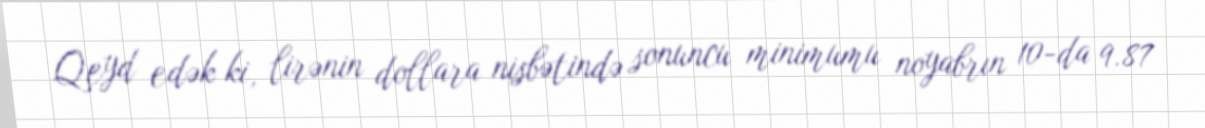
Qeyd edək ki, lirənin dollara nisbətində sonuncu minimumu noyabrın 10-da 9.87